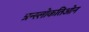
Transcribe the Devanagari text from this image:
त्रन्स्लोकतिओन